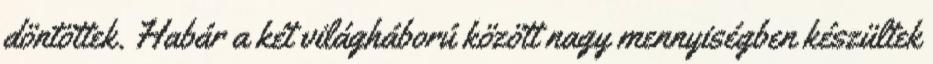
döntöttek. Habár a két világháború között nagy mennyiségben készültek